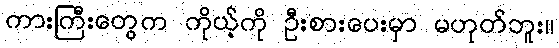
ကားကြီးတွေက ကိုယ့်ကို ဦးစားပေးမှာ မဟုတ်ဘူး။